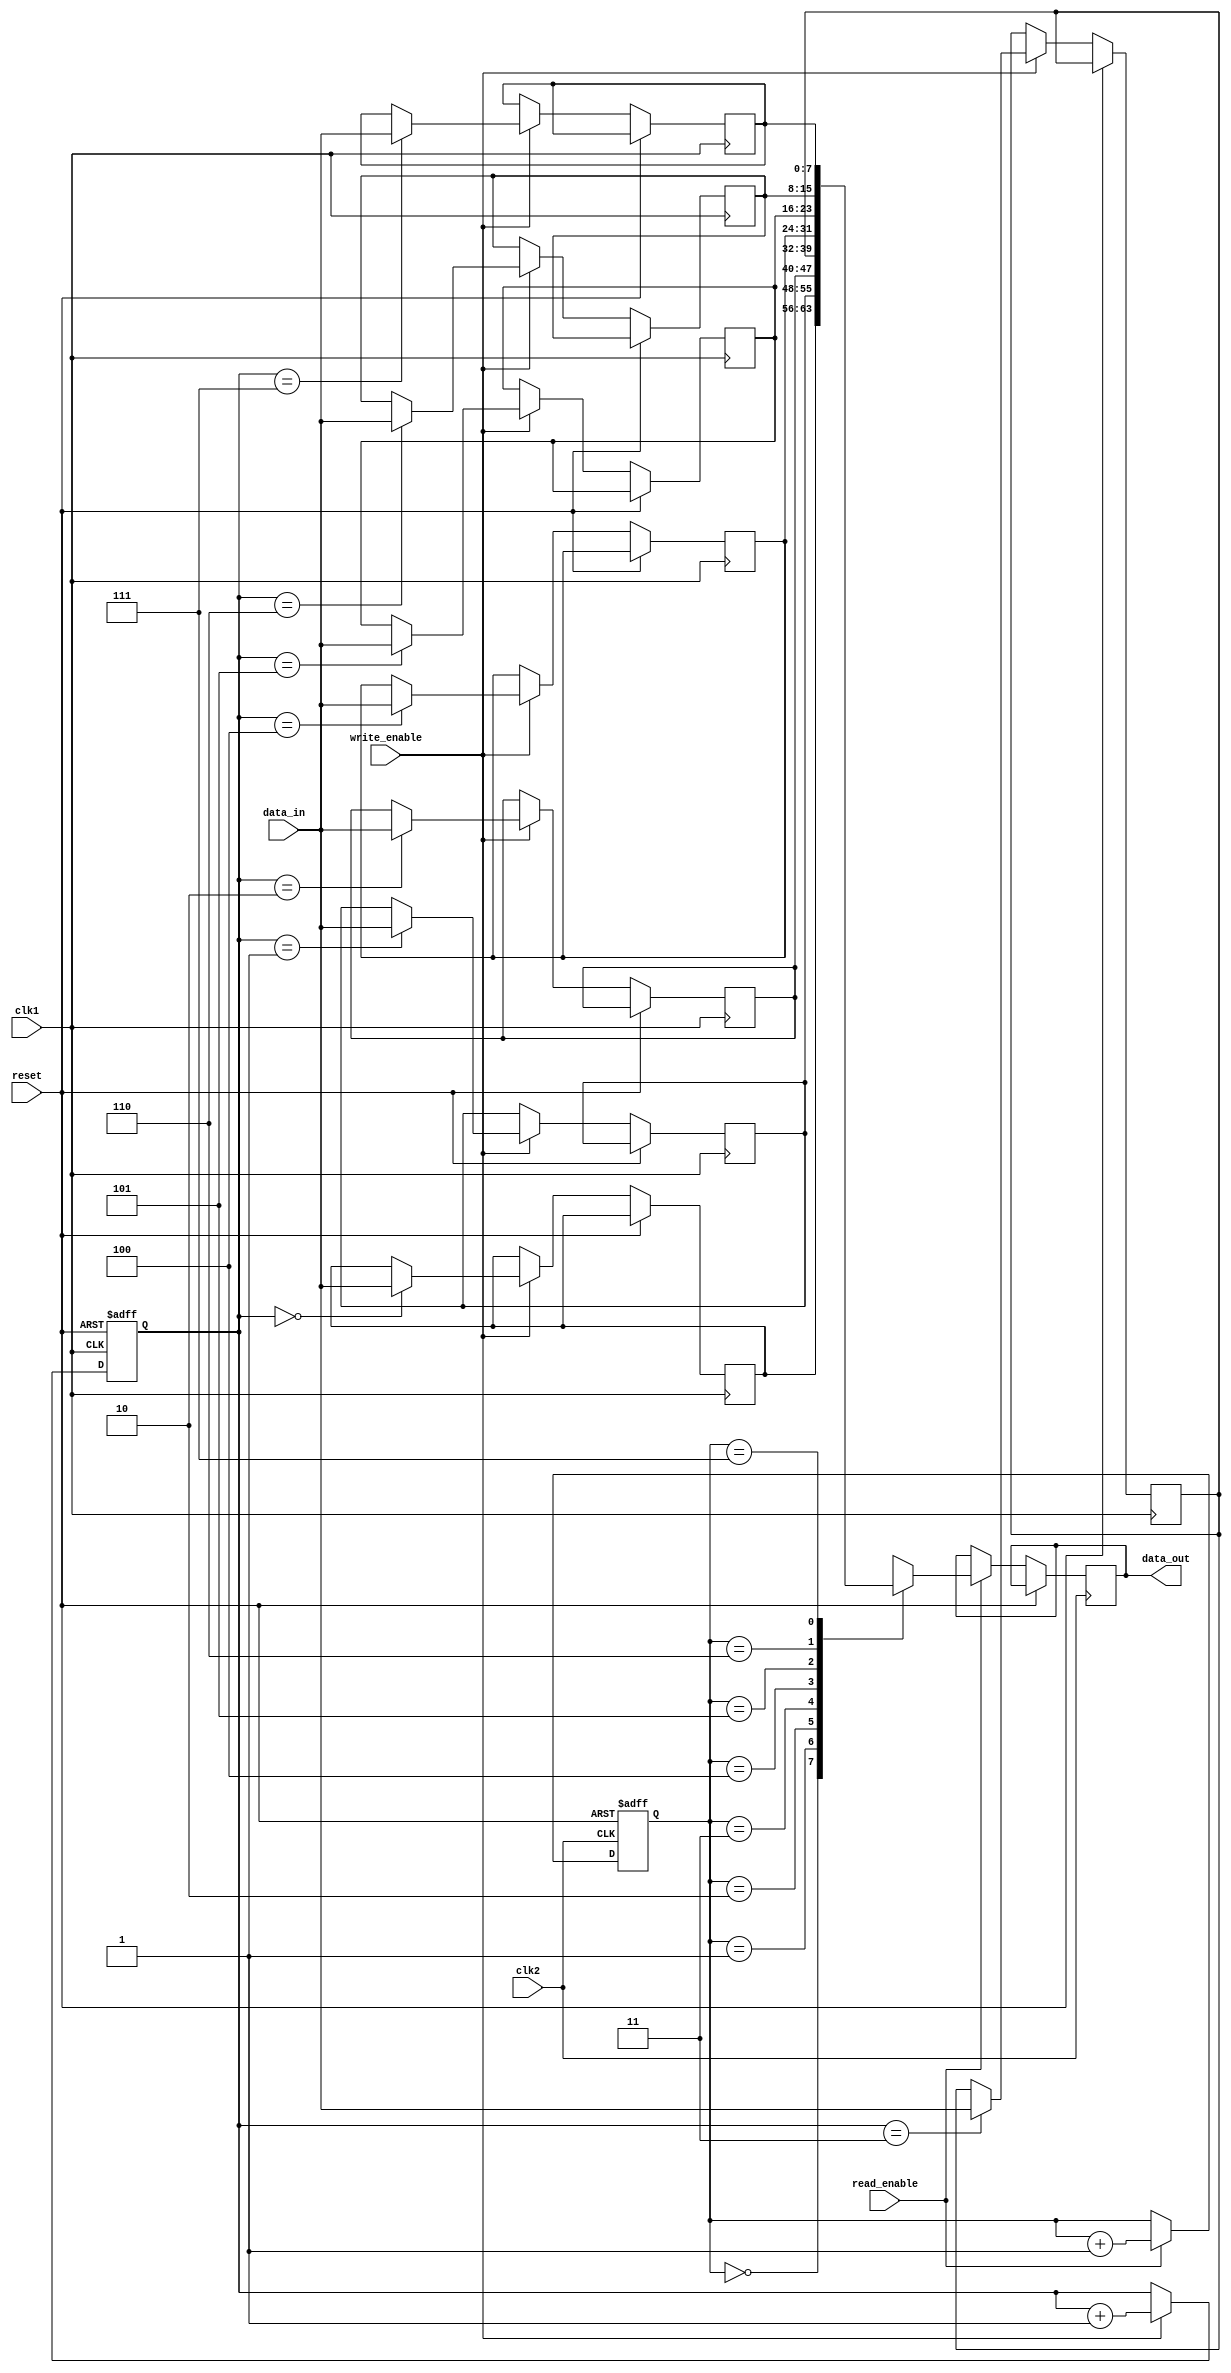
module non_blocking_fifo
(
  input clk1,          // Clock for write side
  input clk2,          // Clock for read side
  input reset,         // Reset signal
  input write_enable,  // Write enable signal
  input read_enable,   // Read enable signal
  input [7:0] data_in, // Input data
  output reg [7:0] data_out // Output data
);

reg [7:0] fifo [0:7];  // FIFO buffer with 8 entries
reg [2:0] write_ptr;   // Write pointer
reg [2:0] read_ptr;    // Read pointer

always @(posedge clk1 or posedge reset) begin
  if (reset) begin
    write_ptr <= 0;
  end else if (write_enable) begin
    fifo[write_ptr] <= data_in;
    write_ptr <= write_ptr + 1;
  end
end

always @(posedge clk2 or posedge reset) begin
  if (reset) begin
    read_ptr <= 0;
  end else if (read_enable) begin
    data_out <= fifo[read_ptr];
    read_ptr <= read_ptr + 1;
  end
end

endmodule